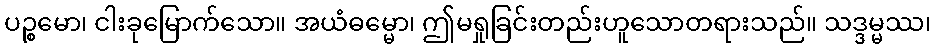
ပဉ္စမော၊ ငါးခုမြောက်သော။ အယံဓမ္မော၊ ဤမရှုခြင်းတည်းဟူသောတရားသည်။ သဒ္ဒမ္မဿ၊